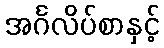
အင်္ဂလိပ်စာနှင့်